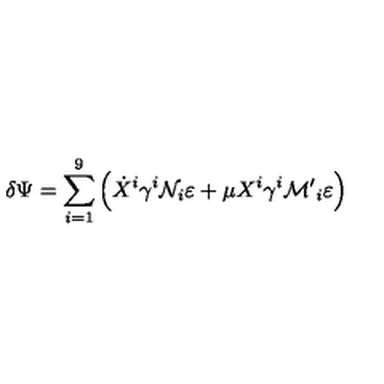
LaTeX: \delta \Psi = \sum _ { i = 1 } ^ { 9 } \left( \dot { X } ^ { i } \gamma ^ { i } { \cal { N } } _ { i } \varepsilon + \mu X ^ { i } \gamma ^ { i } { \cal { M ^ { \prime } } } _ { i } \varepsilon \right)